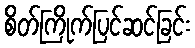
စိတ်ကြိုက်ပြင်ဆင်ခြင်း